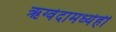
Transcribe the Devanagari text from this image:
ऋग्वेदामध्येही